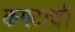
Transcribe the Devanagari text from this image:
कपटाची